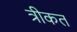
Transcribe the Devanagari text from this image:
त्रीकत